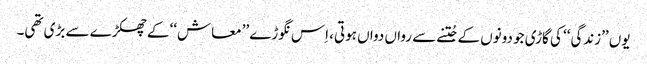
یوں ’’زندگی‘‘ کی گاڑی جو دونوں کے جُتنے سے رواں دواں ہوتی، اِس نگوڑے ’’معاش‘‘ کے چھکڑے سے بڑی تھی۔